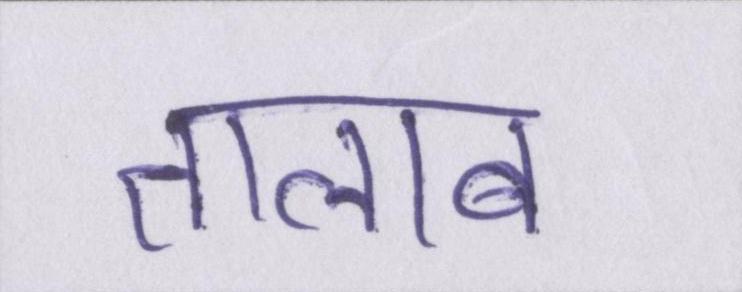
तालाब